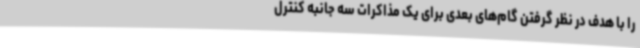
را با هدف در نظر گرفتن گام‌های بعدی برای یک مذاکرات سه جانبه کنترل